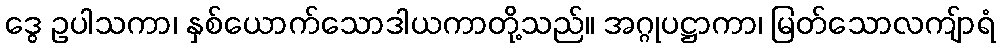
ဒွေ ဥပါသကာ၊ နှစ်ယောက်သောဒါယကာတို့သည်။ အဂ္ဂုပဋ္ဌာကာ၊ မြတ်သောလကျ်ာရံ